Indian journal of veterinary science and animal husbandry - Volumes 18-21, 1948-1951
Year: 1948
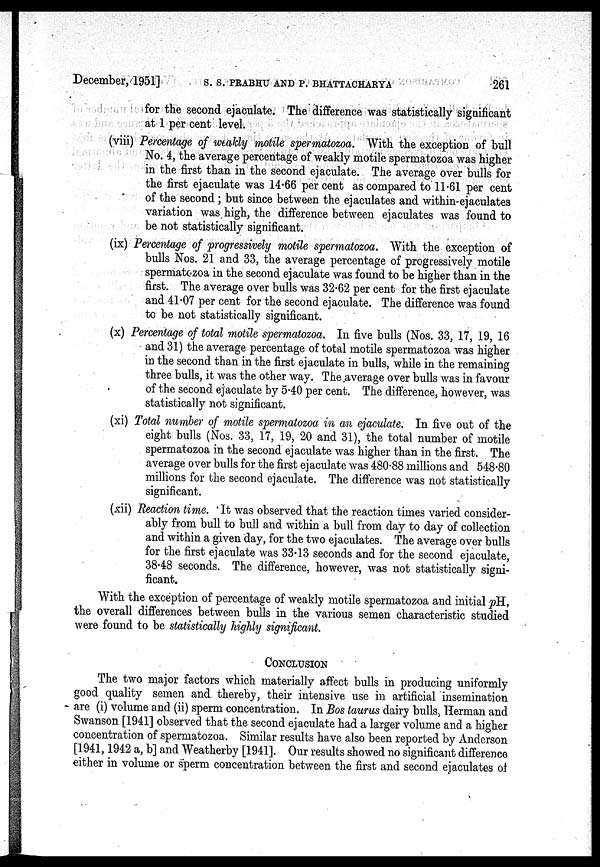
December, 1951] S. S. PRABHU AND P. BHATTACHARYA 261
for the second ejaculate. The difference was statistically significant
at 1 per cent level.
(viii) Percentage of weakly motile spermatozoa. With the exception of bull
No. 4, the average percentage of weakly motile spermatozoa was higher
in the first than in the second ejaculate. The average over bulls for
the first ejaculate was 14.66 per cent as compared to 11.61 per cent
of the second; but since between the ejaculates and within-ejaculates
variation was high, the difference between ejaculates was found to
be not statistically significant.
(ix) Percentage of progressively motile spermatozoa. With the exception of
bulls Nos. 21 and 33, the average percentage of progressively motile
spermatozoa in the second ejaculate was found to be higher than in the
first. The average over bulls was 32.62 per cent for the first ejaculate
and 41.07 per cent for the second ejaculate. The difference was found
to be not statistically significant.
(x) Percentage of total motile spermatozoa. In five bulls (Nos. 33, 17, 19, 16
and 31) the average percentage of total motile spermatozoa was higher
in the second than in the first ejaculate in bulls, while in the remaining
three bulls, it was the other way. The average over bulls was in favour
of the second ejaculate by 5.40 per cent. The difference, however, was
statistically not significant.
(xi) Total number of motile spermatozoa in an ejaculate. In five out of the
eight bulls (Nos. 33, 17, 19, 20 and 31), the total number of motile
spermatozoa in the second ejaculate was higher than in the first. The
average over bulls for the first ejaculate was 480.88 millions and 548.80
millions for the second ejaculate. The difference was not statistically
significant.
(xii) Reaction time. It was observed that the reaction times varied consider-
ably from bull to bull and within a bull from day to day of collection
and within a given day, for the two ejaculates. The average over bulls
for the first ejaculate was 33.13 seconds and for the second ejaculate,
38.48 seconds. The difference, however, was not statistically signi-
ficant.
With the exception of percentage of weakly motile spermatozoa and initial pH,
the overall differences between bulls in the various semen characteristic studied
were found to be statistically highly significant.
CONCLUSION
The two major factors which materially affect bulls in producing uniformly
good quality semen and thereby, their intensive use in artificial insemination
are (i) volume and (ii) sperm concentration. In Bos taurus dairy bulls, Herman and
Swanson [1941] observed that the second ejaculate had a larger volume and a higher
concentration of spermatozoa. Similar results have also been reported by Anderson
[1941, 1942 a, b] and Weatherby [1941]. Our results showed no significant difference
either in volume or sperm concentration between the first and second ejaculates of